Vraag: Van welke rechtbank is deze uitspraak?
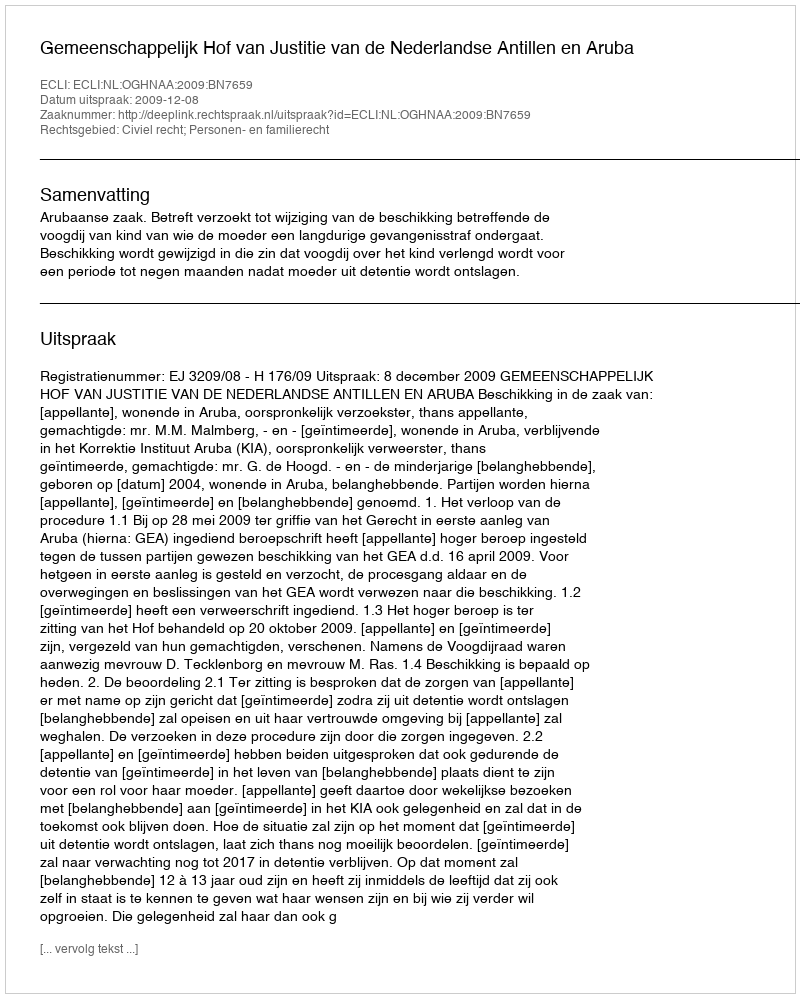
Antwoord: Gemeenschappelijk Hof van Justitie van de Nederlandse Antillen en Aruba